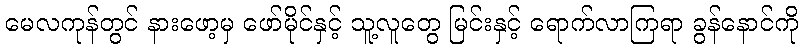
မေလကုန်တွင် နားဖော့မှ ဖော်မိုင်နှင့် သူ့လူတွေ မြင်းနှင့် ရောက်လာကြရာ ခွန်နောင်ကို